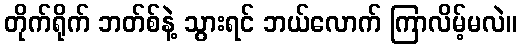
တိုက်ရိုက် ဘတ်စ်နဲ့ သွားရင် ဘယ်လောက် ကြာလိမ့်မလဲ။